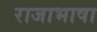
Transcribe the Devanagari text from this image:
राजाभाषा